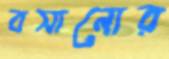
বসানোর